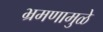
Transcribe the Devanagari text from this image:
भ्रमणामुळे